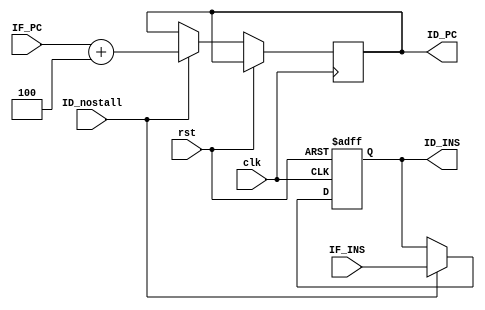
module ID(clk,rst,ID_nostall,IF_INS,ID_INS,IF_PC,ID_PC);

input clk,rst,ID_nostall;
input [31:0] IF_INS,IF_PC;
output reg [31:0] ID_INS,ID_PC;

always@(posedge clk,posedge rst)
	begin
		if(rst)
			ID_INS =32'b0;
		else if(ID_nostall)
		begin
			ID_INS = IF_INS;
			ID_PC=IF_PC+4;
		end
	end	
endmodule
//ID
//CPU